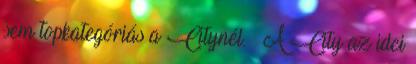
sem topkategóriás a Citynél. – A City az idei